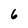
Character: 6